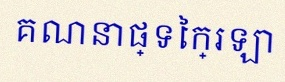
គណនាផ្ទៃក្រឡា